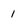
Character: 1